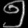
Digit: ၅